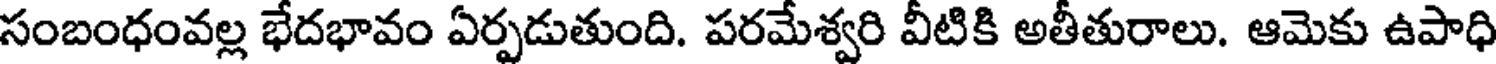
సంబంధంవల్ల భేదభావం ఏర్పడుతుంది. పరమేశ్వరి వీటికి అతీతురాలు. ఆమెకు ఉపాధి